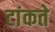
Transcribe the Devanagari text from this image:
टांकते